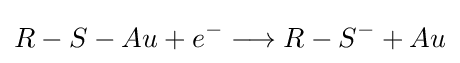
R-S-Au+e^{-}\longrightarrow R-S^{-}+Au